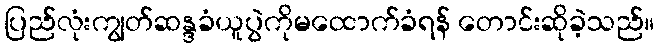
ပြည်လုံးကျွတ်ဆန္ဒခံယူပွဲကိုမထောက်ခံရန် တောင်းဆိုခဲ့သည်။